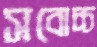
সবোচ্চ